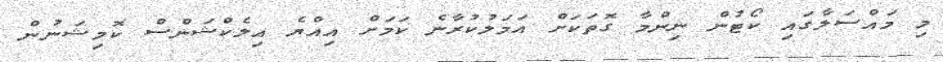
މި މައްސަލާގައި ކޯޓުން ނިންމާ ގޮތަކަށް އަމަލުކުރާނެ ކަމަށް އިއްޔެ އިލެކްޝަންސް ކޮމިޝަނުން